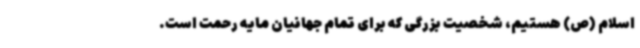
اسلام (ص) هستیم، شخصیت بزرگی که برای تمام جهانیان مایه رحمت است.